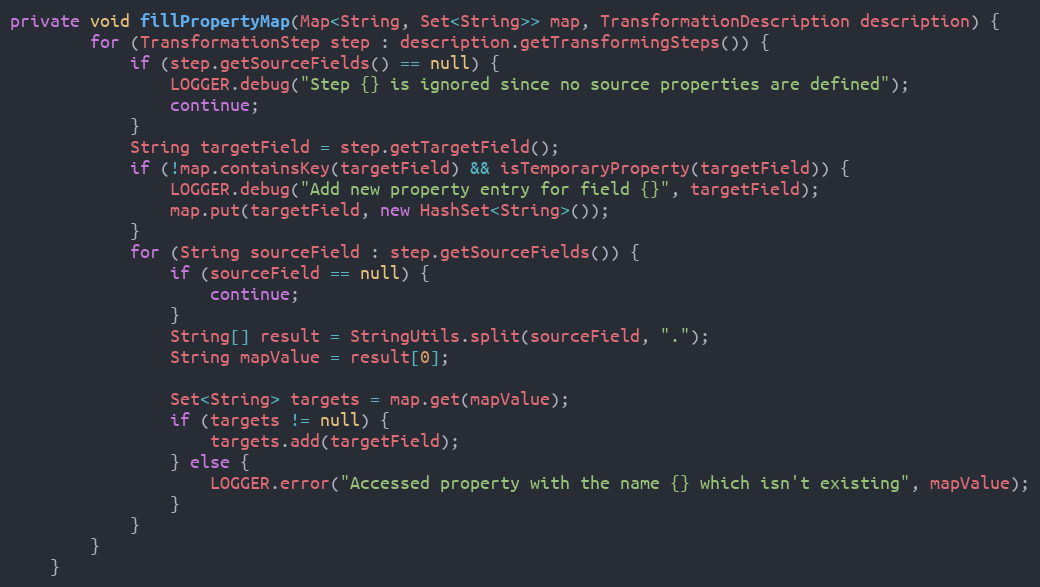
Language: Java
private void fillPropertyMap(Map<String, Set<String>> map, TransformationDescription description) {
        for (TransformationStep step : description.getTransformingSteps()) {
            if (step.getSourceFields() == null) {
                LOGGER.debug("Step {} is ignored since no source properties are defined");
                continue;
            }
            String targetField = step.getTargetField();
            if (!map.containsKey(targetField) && isTemporaryProperty(targetField)) {
                LOGGER.debug("Add new property entry for field {}", targetField);
                map.put(targetField, new HashSet<String>());
            }
            for (String sourceField : step.getSourceFields()) {
                if (sourceField == null) {
                    continue;
                }
                String[] result = StringUtils.split(sourceField, ".");
                String mapValue = result[0];

                Set<String> targets = map.get(mapValue);
                if (targets != null) {
                    targets.add(targetField);
                } else {
                    LOGGER.error("Accessed property with the name {} which isn't existing", mapValue);
                }
            }
        }
    }